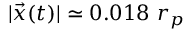
| \vec { x } ( t ) | \simeq 0 . 0 1 8 ~ r _ { p }